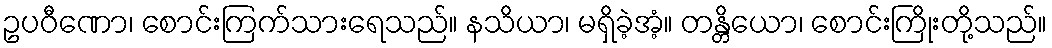
ဥပဝီဏော၊ စောင်းကြက်သားရေသည်။ နသိယာ၊ မရှိခဲ့အံ့။ တန္တိယော၊ စောင်းကြိုးတို့သည်။